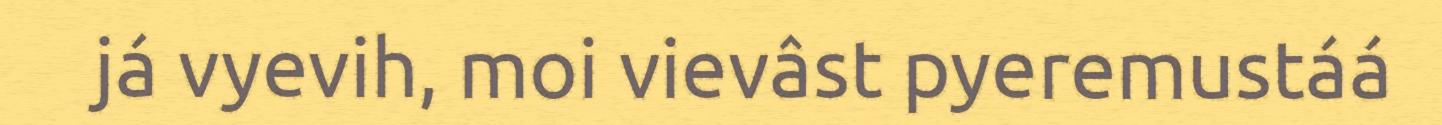
já vyevih, moi vievâst pyeremustáá